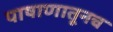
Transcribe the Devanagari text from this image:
पाषाणातूनच